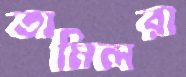
তামিলরা